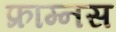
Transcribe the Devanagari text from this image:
फ्राम्नस